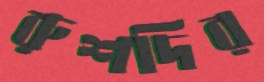
রুশদির